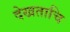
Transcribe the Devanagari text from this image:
देखताचि